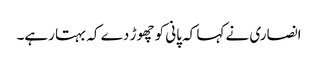
انصاری نے کہا کہ پانی کو چھوڑ دے کہ بہتا رہے۔